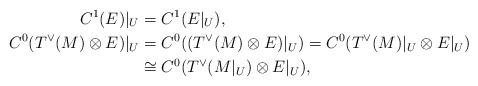
LaTeX: \begin{align*}C^1(E)|_U & = C^1(E|_U), \\C^0(T^\vee(M) \otimes E)|_U & = C^0((T^\vee(M) \otimes E)|_U) = C^0(T^\vee(M)|_U \otimes E|_U) \\& \cong C^0(T^\vee(M|_U) \otimes E|_U),\end{align*}